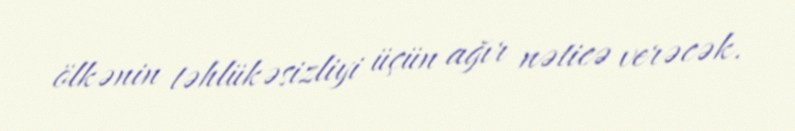
ölkənin təhlükəsizliyi üçün ağır nəticə verəcək.